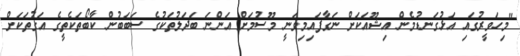
"މިހަވީރުގައި އަޅުގަނޑުމެން އިޝޫއަކަށް ނަގާފައިމިވަނީ މޫސުމަށް އަންނަ ބަދަލުތަކުގެ ސަބަބުން ކާބޯތަކެތީގެ އަގުތަކަށް